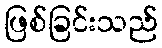
ဖြစ်ခြင်းသည်